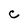
Character: C